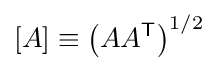
[A]\equiv \left(AA^{\mathsf {T}}\right)^{1/2}